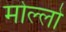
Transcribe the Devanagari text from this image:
मोल्लो